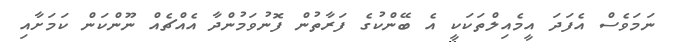
ނަމަވެސް އެފަދަ އީމެއިލްތަކަކީ އެ ބޭންކުގެ ފަރާތުން ފޮނުވަމުންދާ އެއްޗެއް ނޫންކަން ކަމަށާއި